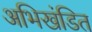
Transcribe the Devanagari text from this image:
अभिखंडित